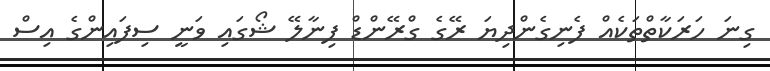
ގިނަ ހަރަކާތްތަކެއް ފެނިގެންދިޔަ ރޭގެ ގްރޭންޑް ފިނާލޭ ޝޯގައި ވަނީ ސިފައިންގެ އިސް